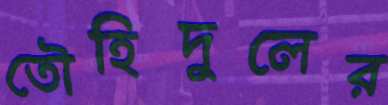
তৌহিদুলের